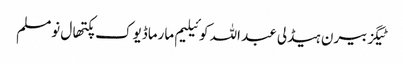
ٹیگزبیرن ہیڈلی عبد اللہ کوئیلیم مارماڈیوک پکتھال نومسلم